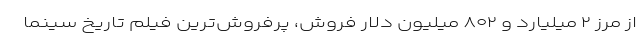
از مرز ۲ میلیارد و ۸۰۲ میلیون دلار فروش، پرفروش‌ترین فیلم تاریخ سینما